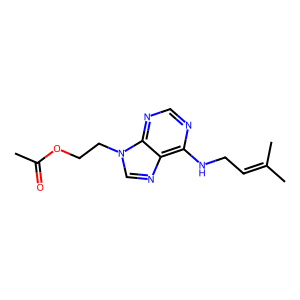
SMILES: CC(=O)OCCn1cnc2c(NCC=C(C)C)ncnc21
Inhibits HIV replication: No